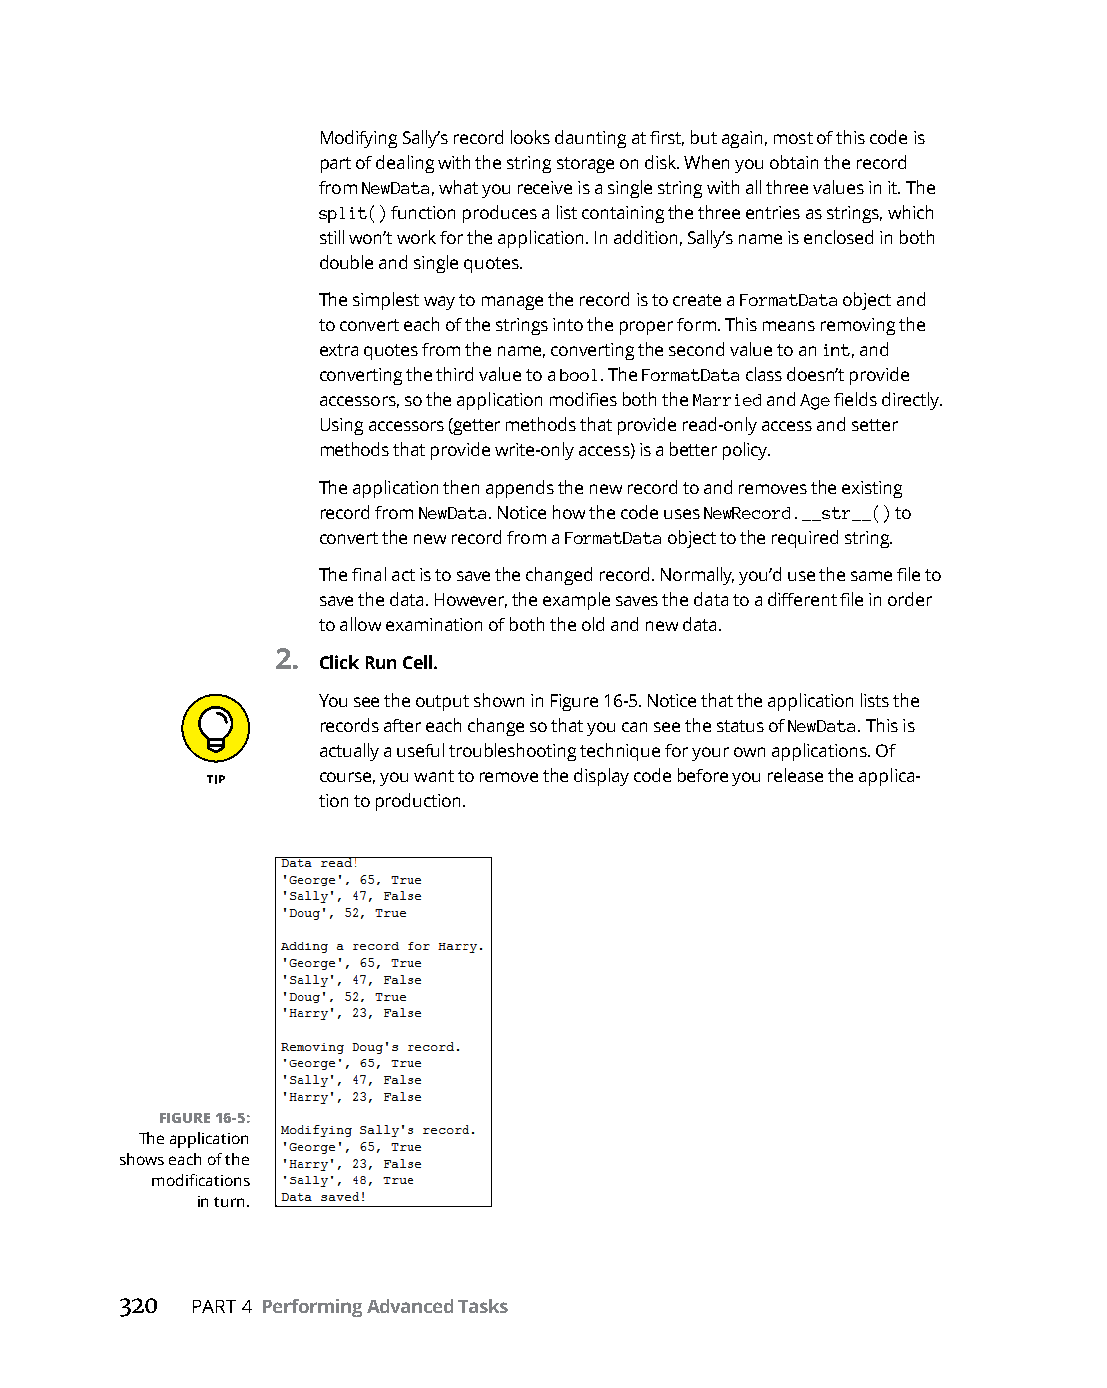
Modifying Sally’s record looks daunting at first, but again, most of this code is
 part of dealing with the string storage on disk. When you obtain the record
 from NewData, what you receive is a single string with all three values in it. The
 split() function produces a list containing the three entries as strings, which
 still won’t work for the application. In addition, Sally’s name is enclosed in both
 double and single quotes.
 The simplest way to manage the record is to create a FormatData object and
 to convert each of the strings into the proper form. This means removing the
 extra quotes from the name, converting the second value to an int, and
 converting the third value to a bool. The FormatData class doesn’t provide
 accessors, so the application modifies both the Married and Age fields directly.
 Using accessors (getter methods that provide read-only access and setter
 methods that provide write-only access) is a better policy.
 The application then appends the new record to and removes the existing
 record from NewData. Notice how the code uses NewRecord.__str__() to
 convert the new record from a FormatData object to the required string.
 The final act is to save the changed record. Normally, you’d use the same file to
 save the data. However, the example saves the data to a different file in order
 to allow examination of both the old and new data.
 2.
 Click Run Cell.
 You see the output shown in Figure 16-5. Notice that the application lists the
 records after each change so that you can see the status of NewData. This is
 actually a useful troubleshooting technique for your own applications. Of
 course, you want to remove the display code before you release the applica-
 tion to production.
 FIGURE 16-5:
 The application
 shows each of the
 modifications
 in turn.
 320  PART 4 Performing Advanced Tasks